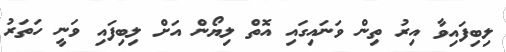
ލިބިފައިވާ އިރު ތިން ވަނައިގައި އޮތް ލިޔޯން އަށް ލިބިފައި ވަނީ ހަތަރު